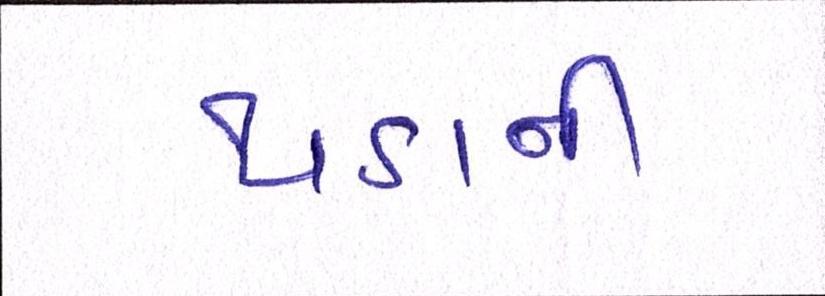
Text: થડાની